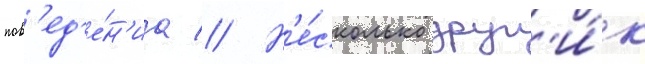
пов'ед'е́н'иа // Н'е́сколько друг'и́х